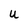
Character: U